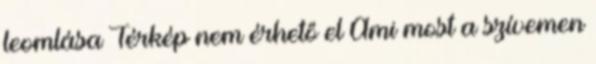
leomlása Térkép nem érhető el Ami most a szívemen